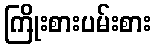
ကြိုးစားပမ်းစား